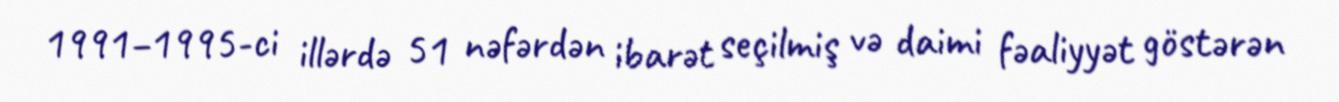
1991–1995-ci illərdə 51 nəfərdən ibarət seçilmiş və daimi fəaliyyət göstərən